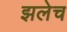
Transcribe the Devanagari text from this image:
झलेच